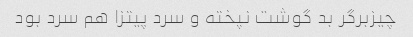
چیزبرگر بد گوشت نپخته و سرد پیتزا هم سرد بود